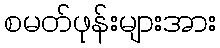
စမတ်ဖုန်းများအား